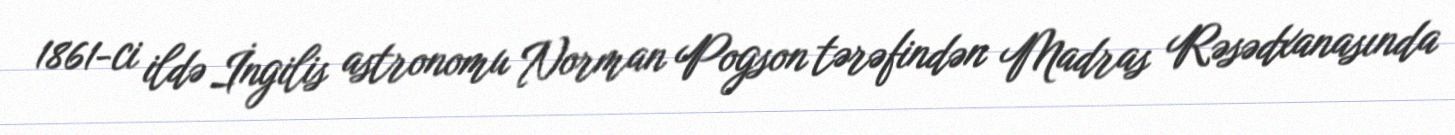
1861-ci ildə İngilis astronomu Norman Pogson tərəfindən Madras Rəsədxanasında